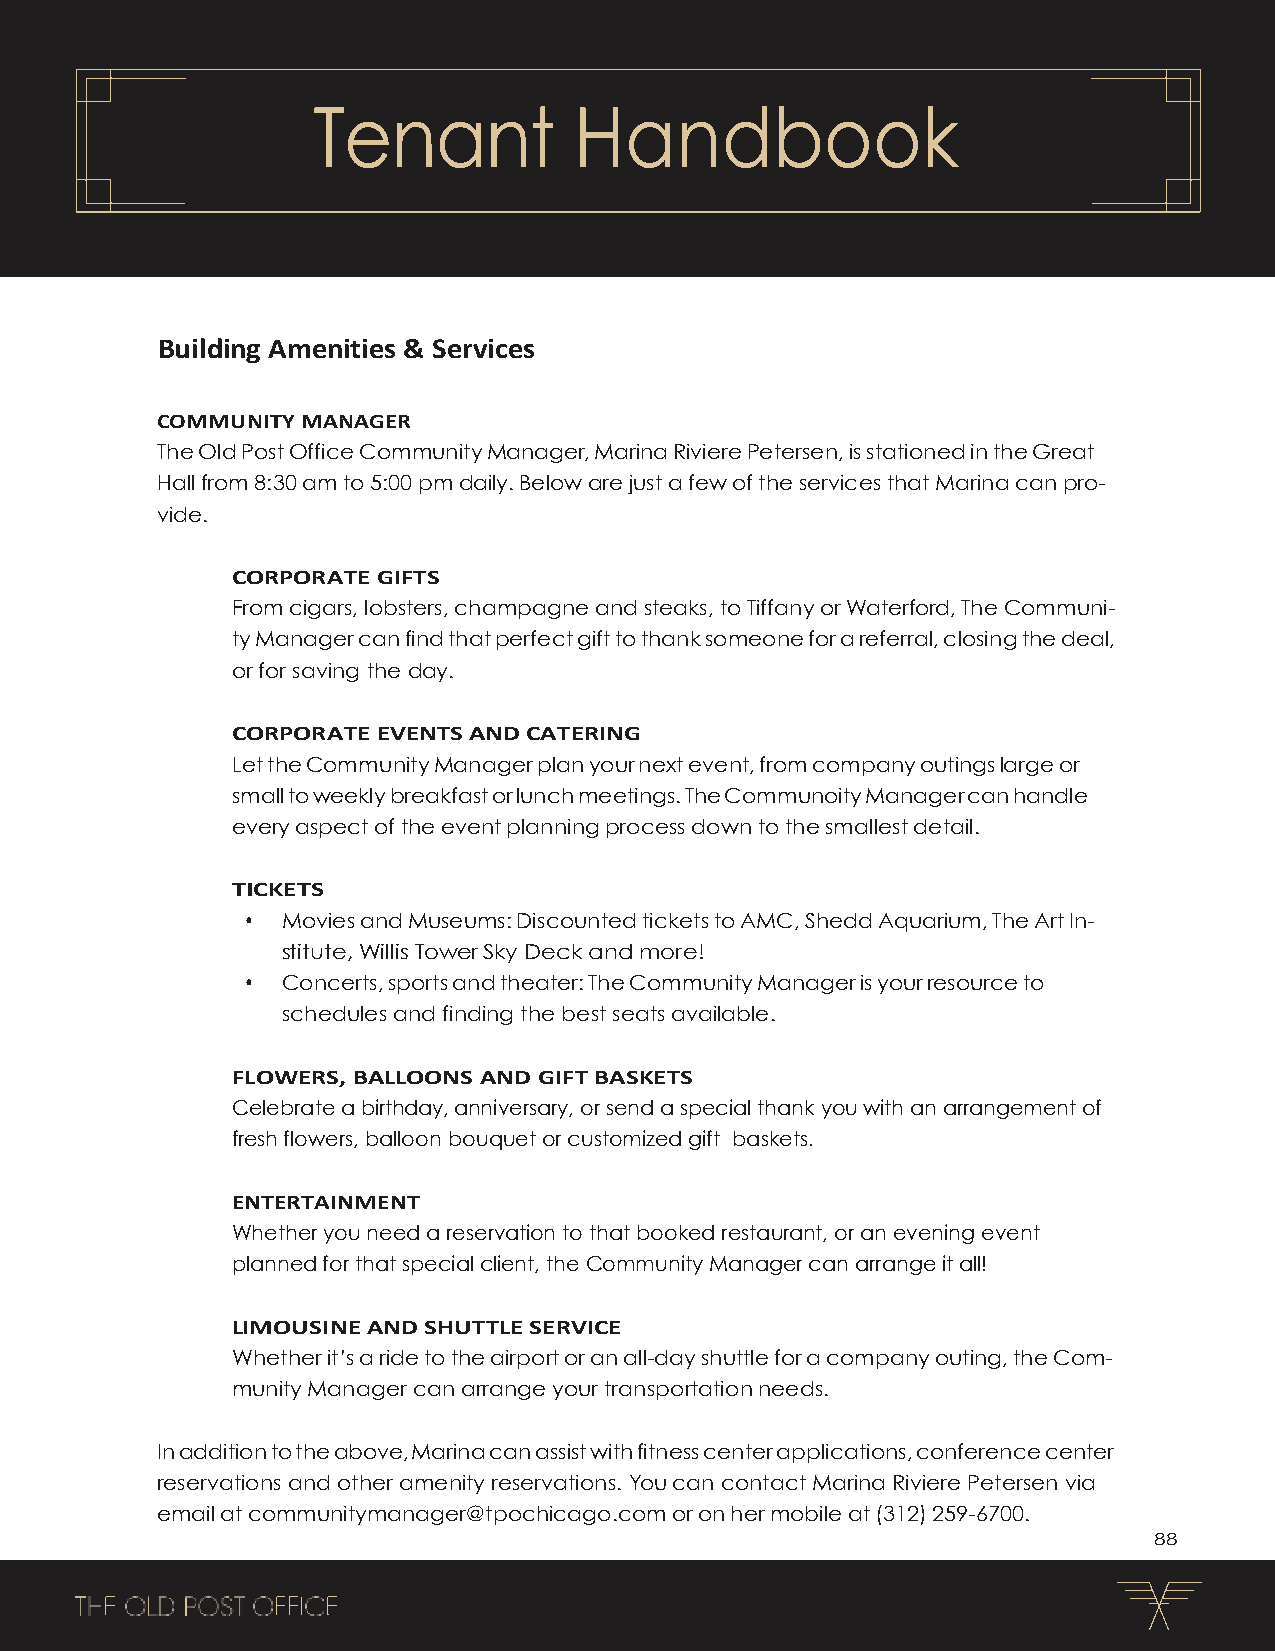
Tenant           Handbook
 Building Amenities & Services
 COMMUNITY MANAGER
 The Old Post Office Community Manager, Marina Riviere Petersen, is stationed in the Great
 Hall from 8:30 am to 5:00 pm daily. Below are just a few of the services that Marina can pro-
 vide.
 CORPORATE GIFTS
 From cigars, lobsters, champagne and steaks, to Tiffany or Waterford, The Communi-
 ty Manager can find that perfect gift to thank someone for a referral, closing the deal,
 or for saving the day.
 CORPORATE EVENTS AND CATERING
 Let the Community Manager plan your next event, from company outings large or
 small to weekly breakfast or lunch meetings. The Communoity Manager can handle
 every aspect of the event planning process down to the smallest detail.
 TICKETS
 •  Movies and Museums: Discounted tickets to AMC, Shedd Aquarium, The Art In-
 stitute, Willis Tower Sky Deck and more!
 •  Concerts, sports and theater: The Community Manager is your resource to
 schedules and finding the best seats available.
 FLOWERS, BALLOONS AND GIFT BASKETS
 Celebrate a birthday, anniversary, or send a special thank you with an arrangement of
 fresh flowers, balloon bouquet or customized gift baskets.
 ENTERTAINMENT
 Whether you need a reservation to that booked restaurant, or an evening event
 planned for that special client, the Community Manager can arrange it all!
 LIMOUSINE AND SHUTTLE SERVICE
 Whether it’s a ride to the airport or an all-day shuttle for a company outing, the Com-
 munity Manager can arrange your transportation needs.
 In addition to the above, Marina can assist with fitness center applications, conference center
 reservations and other amenity reservations. You can contact Marina Riviere Petersen via
 email at communitymanager@tpochicago.com or on her mobile at (312) 259-6700.
 88